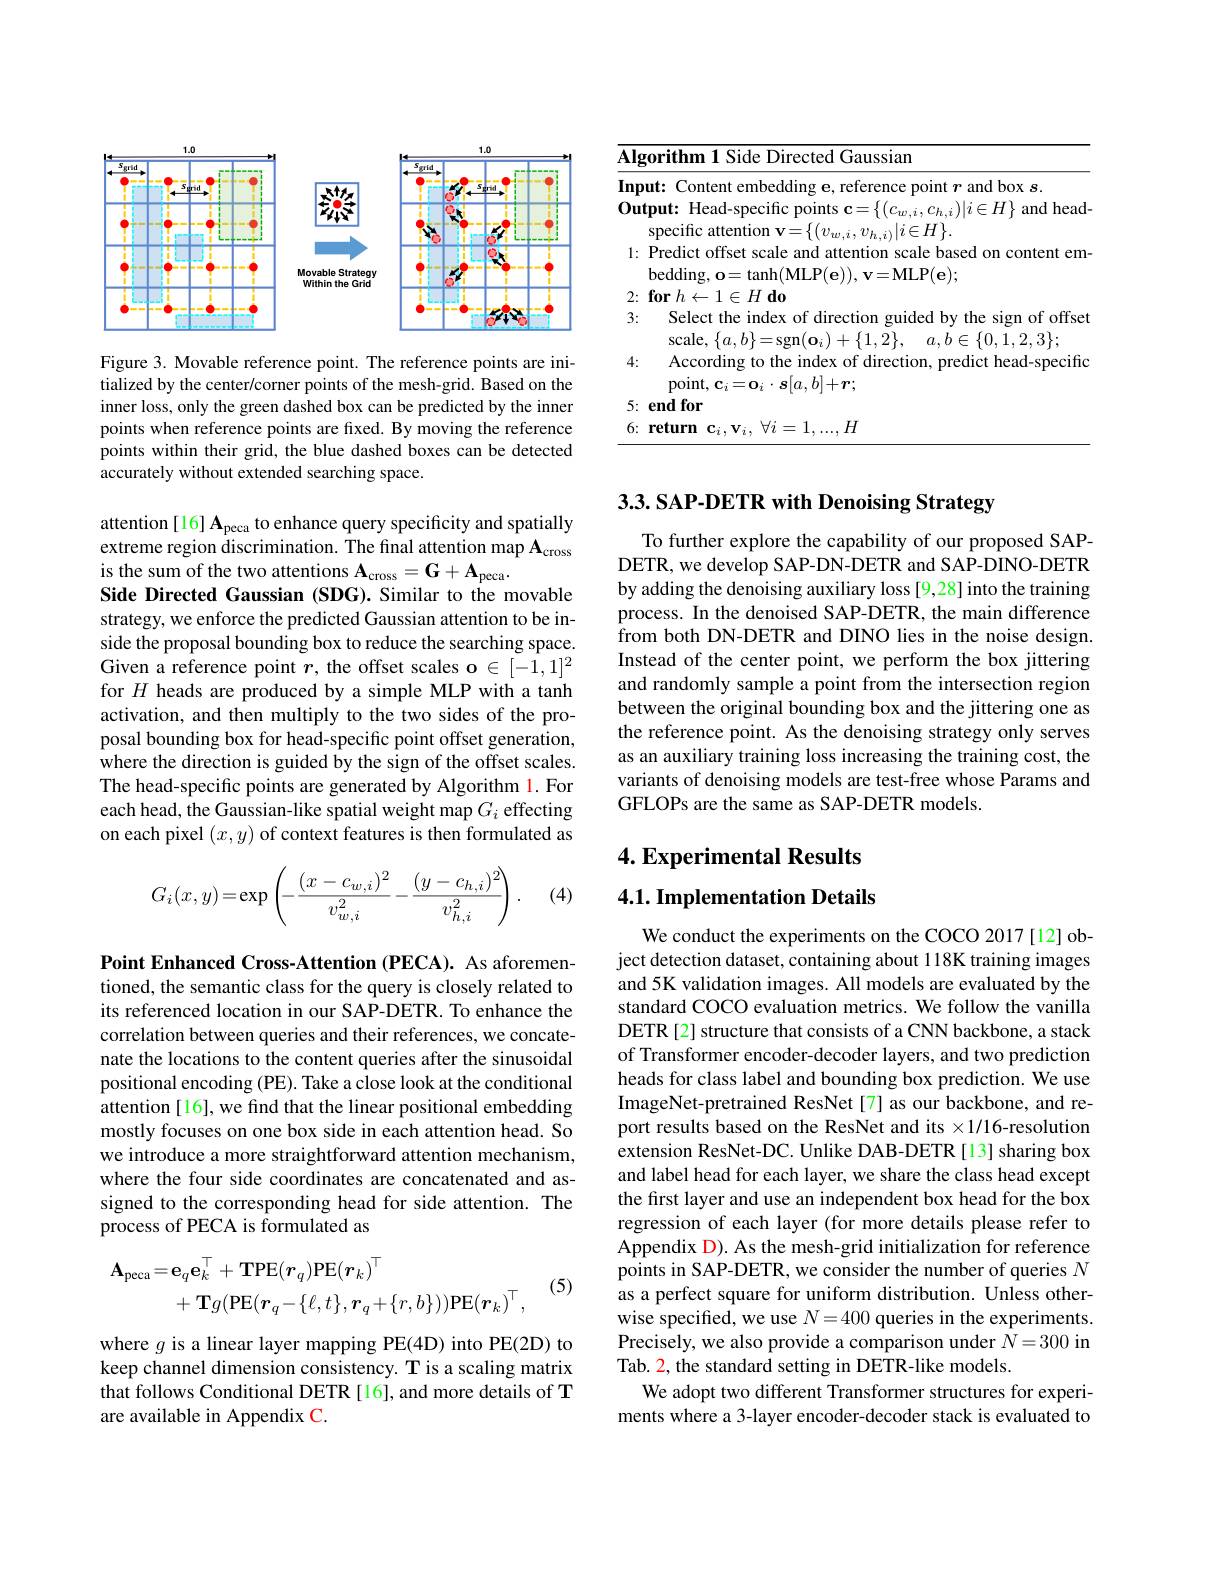
<FigureHere>

Figure 3. Movable reference point. The reference points are initialized by the center/corner points of the mesh-grid. Based on the inner loss, only the green dashed box can be predicted by the inner points when reference points are fixed. By moving the reference points within their grid, the blue dashed boxes can be detected accurately without extended searching space.

attention[16] Apeca to enhance query specificity and spatially extreme region discrimination. The final attention map A is the sum of the two attentions $\mathbf{A} _\mathrm{cross}= \mathbf{G} + \mathbf{A} _\mathrm{peca}.$
Side Directed Gaussian (SDG). Similar to the movable strategy, we enforce the predicted Gaussian attention to be inside the proposal bounding box to reduce the searching space. Given a reference point $r$, the offset scales o $\in[-1,1]^2$ for $H$ heads are produced by a simple MLP with a tanh activation, and then multiply to the two sides of the proposal bounding box for head-specific point offset generation, where the direction is guided by the sign of the offset scales. The head-specific points are generated by Algorithm l. For each head, the Gaussian-like spatial weight map $G_i$ effecting on each pixel $(x,y)$ of context features is then formulated as
$$G_i(x,y)=\exp\left(-\frac{(x-c_{w,i})^2}{v_{w,i}^2}-\frac{(y-c_{h,i})^2}{v_{h,i}^2}\right).$$
(4)

Point Enhanced Cross-Attention (PECA). As aforementioned, the semantic class for the query is closely related to its referenced location in our SAP-DETR. To enhance the correlation between queries and their references, we concatenate the locations to the content queries after the sinusoidal positional encoding (PE). Take a close look at the conditional attention [16], we find that the linear positional embedding mostly focuses on one box side in each attention head. So we introduce a more straightforward attention mechanism, where the four side coordinates are concatenated and assigned to the corresponding head for side attention. The process of PECA is formulated as

(5)
$$\begin{aligned}\mathbf{A}_{\mathrm{peca}}=&\mathbf{e}_{q}\mathbf{e}_{k}^{\top}+\mathbf{TPE}(\boldsymbol{r}_{q})\mathbf{PE}(\boldsymbol{r}_{k})^{\top}\\&+\mathbf{T}g(\mathbf{PE}(\boldsymbol{r}_{q}-\{\ell,t\},\boldsymbol{r}_{q}+\{r,b\}))\mathrm{PE}(\boldsymbol{r}_{k})^{\top},\end{aligned}$$
where $g$ is a linear layer mapping PE(4D) into PE(2D) to keep channel dimension consistency. T is a scaling matrix that follows Conditional DETR [16], and more details of T are available in Appendix C.

<table>
	<tbody>
		<tr>
			<td>$\overline{\mathbf{Al}_{\xi}}$ 1 T</td>
			<td>gorithm Directed Gaussian Side</td>
		</tr>
		<tr>
			<td>1:</td>
			<td>${\mathrm{specific~attention~v=\{(v_{w,i},v_{h,i)}|i\in H\}.}}$ Predict offset scale and attention scale based on content em $v=$MI. P( e) . hed $\mathbf{h}(\mathbf{MIP}/\mathbf{a})$</td>
		</tr>
		<tr>
			<td>2</td>
			<td>$mrh.$ $\leftarrow$ $\leftarrow$ $H$ $d0$</td>
		</tr>
		<tr>
			<td>6:</td>
			<td>$H$ returm</td>
		</tr>
	</tbody>
</table>

3.3. SAP- DETR with Denoising Strategy

To further explore the capability of our proposed SAPDETR, we develop SAP-DN-DETR and SAP-DINO-DETR by adding the denoising auxiliary loss [9,28] into the training process. In the denoised SAP-DETR, the main difference from both DN-DETR and DINO lies in the noise design. Instead of the center point, we perform the box jittering and randomly sample a point from the intersection region between the original bounding box and the jittering one as the reference point. As the denoising strategy only serves as an auxiliary training loss increasing the training cost, the variants of denoising models are test-free whose Params and GFLOPs are the same as SAP-DETR models

## 4. Experimental Results 4.1. Implementation Details

We conduct the experiments on the COCO 2017[12] object detection dataset, containing about 118K training images and 5K validation images. All models are evaluated by the standard COCO evaluation metrics. We follow the vanilla DETR[2] structure that consists of a CNN backbone, a stack of Transformer encoder-decoder layers, and two prediction heads for class label and bounding box prediction. We use ImageNet-pretrained ResNet[7] as our backbone, and report results based on the ResNet and its $\times1/16$-resolution extension ResNet-DC. Unlike DAB-DETR [13] sharing box and label head for each layer, we share the class head except the first layer and use an independent box head for the box regression of each layer (for more details please refer to Appendix D). As the mesh-grid initialization for reference points in SAP-DETR, we consider the number of queries $N$ as a perfect square for uniform distribution. Unless otherwise specified, we use $N=400$ queries in the experiments. Precisely, we also provide a comparison under $N=300$ in Tab. 2, the standard setting in DETR-like models.
We adopt two different Transformer structures for experiments where a 3-layer encoder-decoder stack is evaluated to